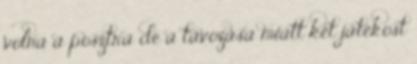
volna a posztra de a távozása miatt két játékost